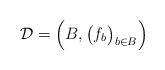
LaTeX: \begin{align*}\mathcal{D} = \Big( B, \big( f_b \big)_{b \in B} \Big)\end{align*}